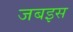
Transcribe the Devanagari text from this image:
जबइस